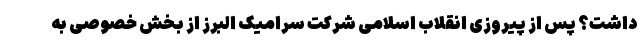
داشت؟ پس از پیروزی انقلاب اسلامی شرکت سرامیک البرز از بخش خصوصی به